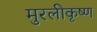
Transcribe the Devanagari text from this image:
मुरलीकृष्ण